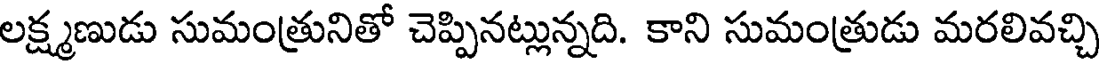
లక్ష్మణుడు సుమంత్రునితో చెప్పినట్లున్నది. కాని సుమంత్రుడు మరలివచ్చి